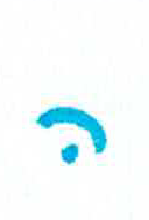
אות: ה